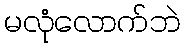
မလုံလောက်ဘဲ